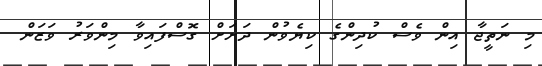
މި ނަތީޖާ އިން ވެސް ކުދިންގެ ކިޔެވުން ދަށަށް ގޮސްފައިވާ މިންވަރު ވަޒަން